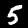
Digit: 5